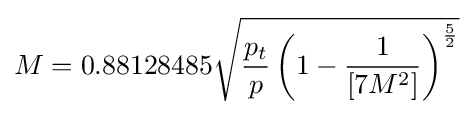
{M}=0.88128485{\sqrt {{\frac {p_{t}}{p}}\left(1-{\frac {1}{[7M^{2}]}}\right)^{\frac {5}{2}}}}